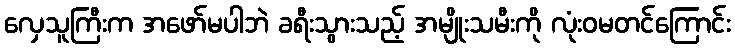
လှေသူကြီးက အဖော်မပါဘဲ ခရီးသွားသည့် အမျိုးသမီးကို လုံးဝမတင်ကြောင်း